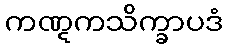
ကဏ္ဋကသိက္ခာပဒံ